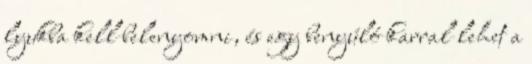
lyukba kell belenyomni, és egy benyúló karral lehet a